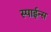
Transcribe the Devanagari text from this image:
स्पाईन्स